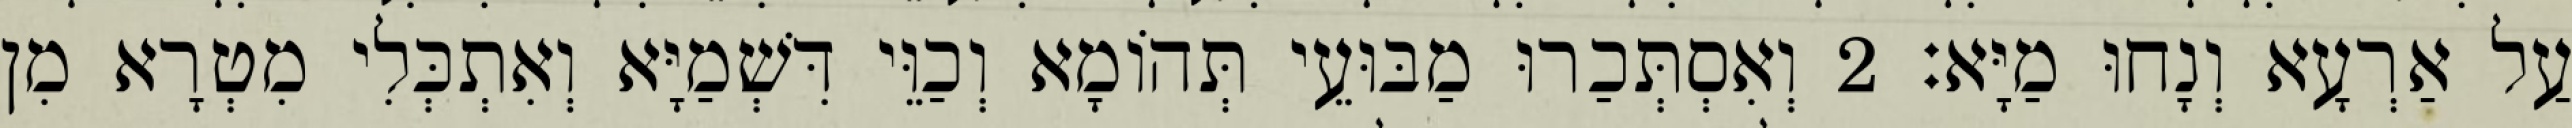
עַל אַרְעָא וְנָחוּ מַיָּא׃ 2 וְאִסְתְּכַרוּ מַבּוּעֵי תְּהוֹמָא וְכַוֵּי דִּשְׁמַיָּא וְאִתְכְּלִי מִטְרָא מִן